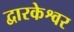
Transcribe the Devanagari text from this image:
द्वारकेश्वर